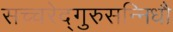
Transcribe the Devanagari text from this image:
सच्चरेद्गुरुसन्निधौ